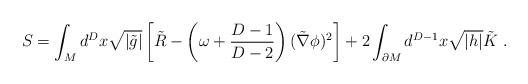
LaTeX: \begin{align*}S = \int_M d^Dx \sqrt{|\tilde{g}|} \left[ \tilde{R} - \left( \omega + {D-1 \over D-2} \right) (\tilde\nabla\phi)^2\right]+ 2 \int_{\partial M} d^{D-1}x \sqrt{|h|} \tilde{K} \ .\end{align*}